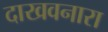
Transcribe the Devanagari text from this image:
दाखवनारा